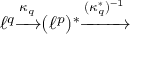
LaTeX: \ell ^ { q } { \xrightarrow { \kappa _ { q } } } ( \ell ^ { p } ) ^ { * } { \xrightarrow { ( \kappa _ { q } ^ { * } ) ^ { - 1 } } }